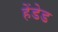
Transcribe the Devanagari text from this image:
हेंडेड